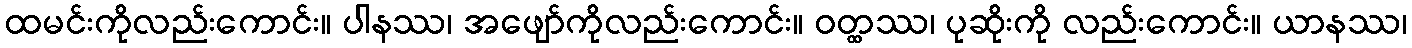
ထမင်းကိုလည်းကောင်း။ ပါနဿ၊ အဖျော်ကိုလည်းကောင်း။ ဝတ္ထဿ၊ ပုဆိုးကို လည်းကောင်း။ ယာနဿ၊